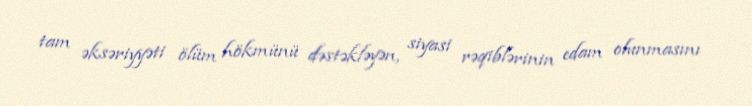
tam əksəriyyəti ölüm hökmünü dəstəkləyən, siyasi rəqiblərinin edam olunmasını